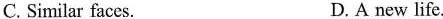
C. Similar faces. D.A new life.